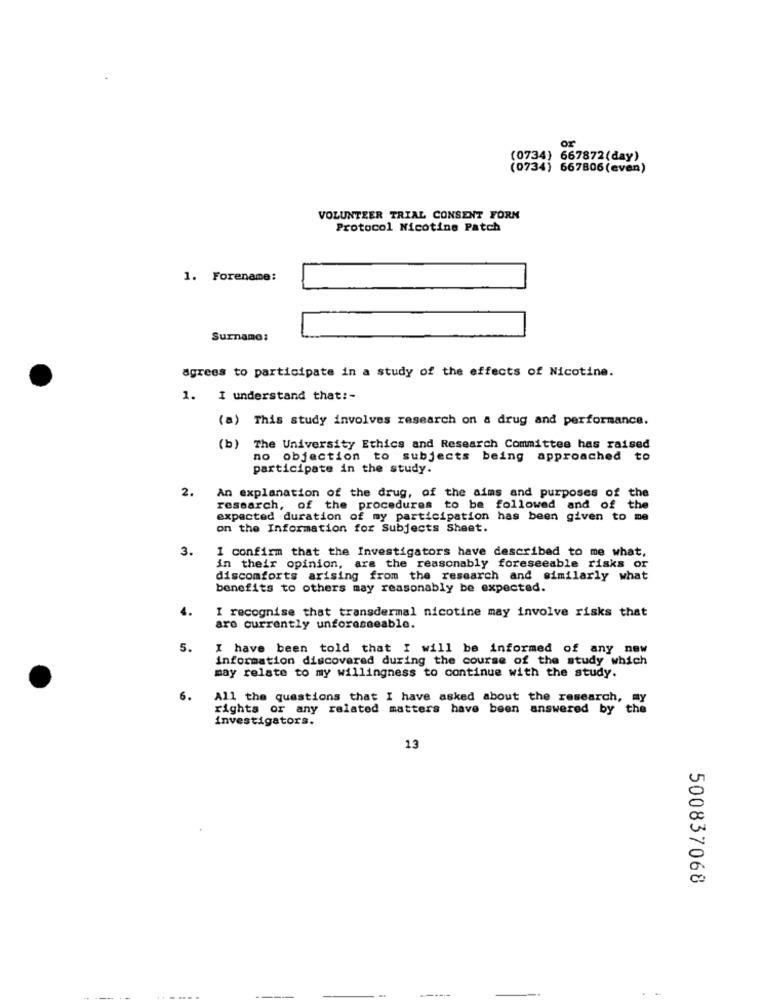
or
(0734) 667872(day)
(0734) 667806(even)
VOLUNTEER TRIAL CONSENT FORM
Protocol Nicotine Patch
1. Forename:
Surname:
agrees to participate in a study of the effects of Nicotine.
1. I understand that :-
(a) This study involves research on a drug and performance.
(b) The University Ethics and Research Committee has raised
no objection to subjects being approached to
participate in the study.
2.
An explanation of the drug, of the aims and purposes of the
research, of the procedures to be followed and of the
expected duration of my participation has been given to me
on the Information for Subjects Sheet.
3.
I confirm that the Investigators have described to me what,
in their opinion, are the reasonably foreseeable risks or
discomforts arising from the research and similarly what
benefits to others may reasonably be expected.
4.
I recognise that transdermal nicotine may involve risks that
are currently unforeseeable.
5.
I have been told that I will be informed of any new
information discovered during the course of the study which
may relate to my willingness to continue with the study.
6.
All the questions that I have asked about the research, my
rights or any related matters have been answered by the
investigators.
13
500837068